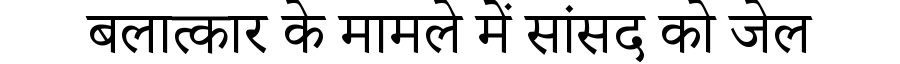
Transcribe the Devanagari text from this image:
बलात्कार के मामले में सांसद को जेल